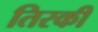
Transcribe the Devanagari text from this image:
तिरकी